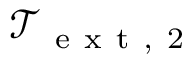
\mathcal { T } _ { \mathrm { ~ e ~ x ~ t ~ , ~ 2 ~ } }